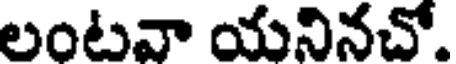
లంటవా యనినచో.